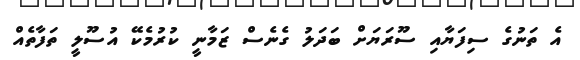
އެ ތަނުގެ ސިފަޔާއި ސޫރަޔަށް ބަދަލު ގެނެސް ޒަމާނީ ކުރުމެކޭ އުސޫލީ ތަފާތެއް